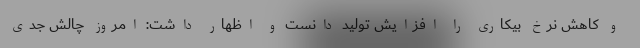
و کاهش نرخ بیکاری را افزایش تولید دانست و اظهار داشت: امروز چالش جدی